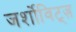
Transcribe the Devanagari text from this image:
जर्शोविट्ज़